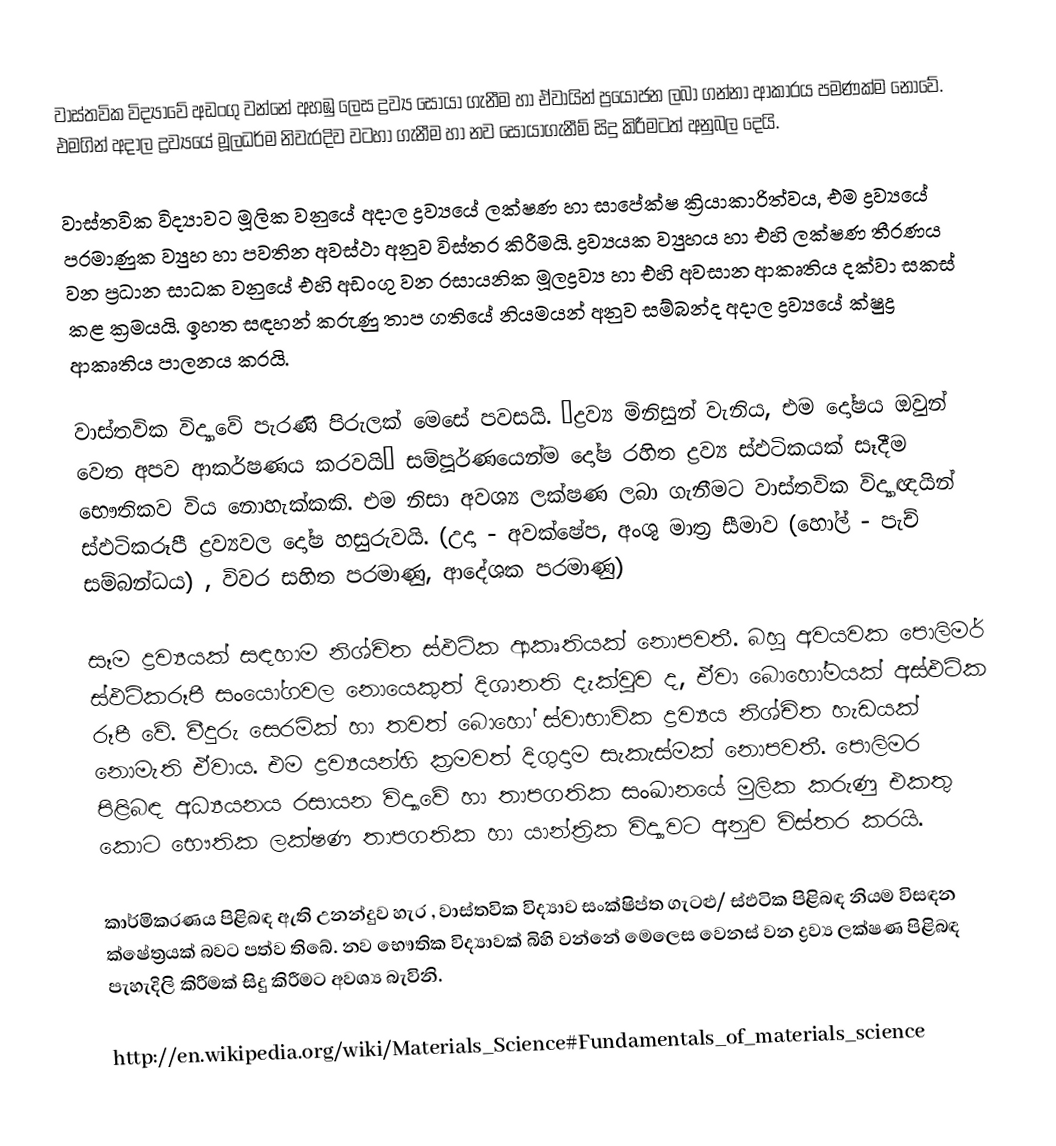
වාස්තවික විද්‍යාවේ අඩංගු වන්නේ අහඹු ලෙස ද්‍රව්‍ය සොයා ගැනීම හා ඒවායින් ප්‍රයෝජන ලබා ගන්නා ආකාරය පමණක්ම නොවේ. එමගින් අදාල ද්‍රව්‍යයේ මූලධර්ම නිවැරදිව වටහා ගැනීම හා නව සොයාගැනීම් සිදු කිරීමටත් අනුබල දෙයි.

වාස්තවික විද්‍යාවට මූලික වනුයේ අදාල ද්‍රව්‍යයේ ලක්ෂණ හා සාපේක්ෂ ක්‍රියාකාරිත්වය, එම ද්‍රව්‍යයේ පරමාණුක ව්‍යුහ හා පවතින අවස්ථා අනුව විස්තර කිරීමයි. ද්‍රව්‍යයක ව්‍යුහය හා එහි ලක්ෂණ තීරණය වන ප්‍රධාන සාධක වනුයේ එහි අඩංගු වන රසායනික මූලද්‍රව්‍ය හා එහි අවසාන ආකෘතිය දක්වා සකස් කළ ක්‍රමයයි. ඉහත සඳහන් කරුණු තාප ගතියේ නියමයන් අනුව සම්බන්ද අදාල ද්‍රව්‍යයේ ක්ෂුද්‍ර ආකෘතිය පාලනය කරයි.

වාස්තවික විද්‍යාවේ පැරණි පිරුලක් මෙසේ පවසයි. “ද්‍රව්‍ය මිනිසුන් වැනිය, එම දෝෂය ඔවුන් වෙත අපව ආකර්ෂණය කරවයි” සම්පූර්ණයෙන්ම දෝෂ රහිත ද්‍රව්‍ය ස්ඵටිකයක් සෑදීම භෞතිකව විය නොහැක්කකි. එම නිස‍ා අවශ්‍ය ලක්ෂණ ලබා ගැනීමට වාස්තවික විද්‍යාඥයින් ස්ඵටිකරූපී ද්‍රව්‍යවල දෝෂ හසුරුවයි. (උදා - අවක්ෂේප, අංශු මාත්‍ර සීමාව (හෝල් - පැච් සම්බන්ධය) , විවර සහිත පරමාණු, ආදේශක පරමාණු)

සෑම ද්‍රව්‍යයක් සඳහාම නිශ්චිත ස්ඵටික ආකෘතියක් නොපවතී. බහු අවයවක පොලිමර් ස්ඵටිකරූපී සංයෝගවල නොයෙකුත් දිශානති දැක්වුව‍ ද, ඒවා බොහෝමයක් අස්ඵටික රූපී වේ. වීදුරු සෙරමික් හා තවත් බොහෝ ස්වාභාවික ද්‍රව්‍යය නිශ්චිත  හැඩයක් නොමැති ඒවාය. එම ද්‍රව්‍යයන්හි ක්‍රමවත් දිගුදාම සැකැස්මක් නොපවතී. පොලිමර පිළිබඳ අධ්‍යයනය රසායන විද්‍යාවේ හා තාපගතික සංඛානයේ මුලික කරුණු එකතු කොට භෞතික ලක්ෂණ තාපගතික හා යාන්ත්‍රික විද්‍යාවට අනුව විස්තර කරයි.

කාර්මිකරණය පිළිබඳ ඇති උනන්දුව හැර , වාස්තවික විද්‍යාව සංක්ෂිප්ත ගැටළු/ ස්ඵටික පිළිබඳ නියම විසඳන ක්ෂේත්‍රයක් බවට පත්ව තිබේ. නව භෞතික විද්‍යාවක් බිහි වන්නේ මෙලෙස වෙනස් වන ද්‍රව්‍ය ලක්ෂණ පිළිබඳ පැහැදිලි කිරීමක් සිදු කිරීමට අවශ්‍ය බැවිනි.

http://en.wikipedia.org/wiki/Materials_Science#Fundamentals_of_materials_science